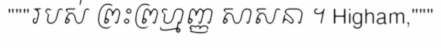
"""របស់ ព្រះព្រហ្មញ្ញ សាសនា ។ Higham,"""